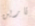
تارين